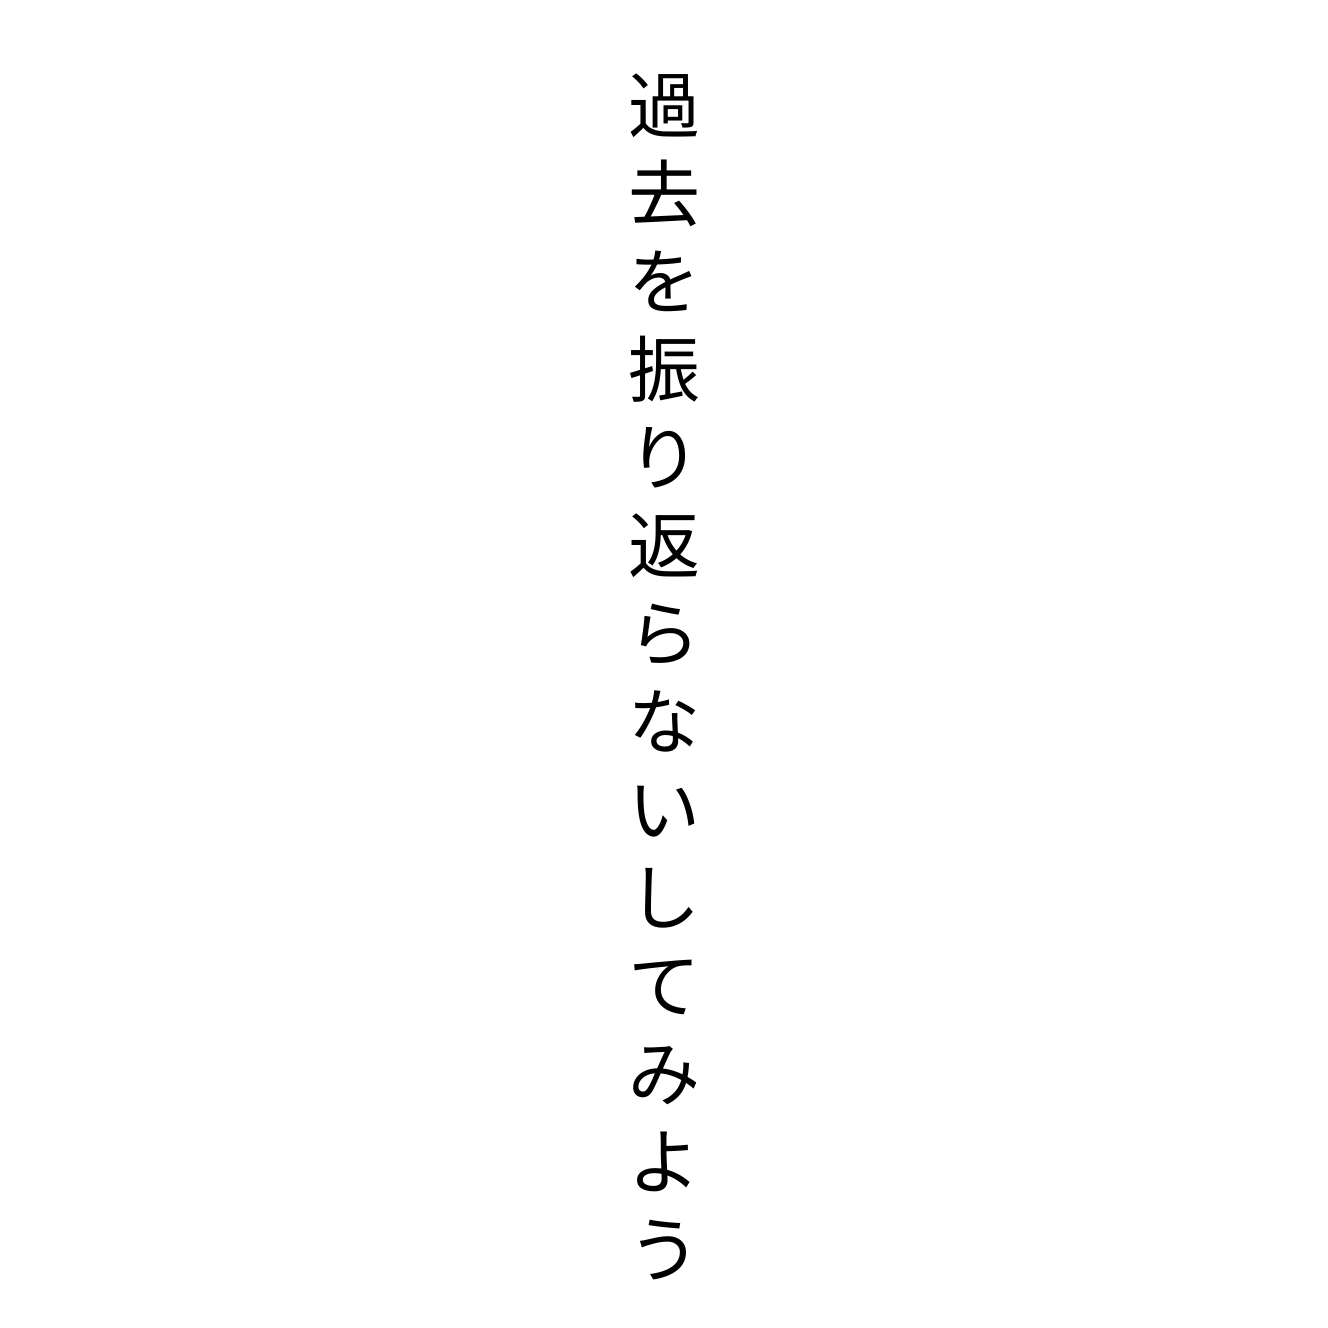
過去を振り返らないしてみよう